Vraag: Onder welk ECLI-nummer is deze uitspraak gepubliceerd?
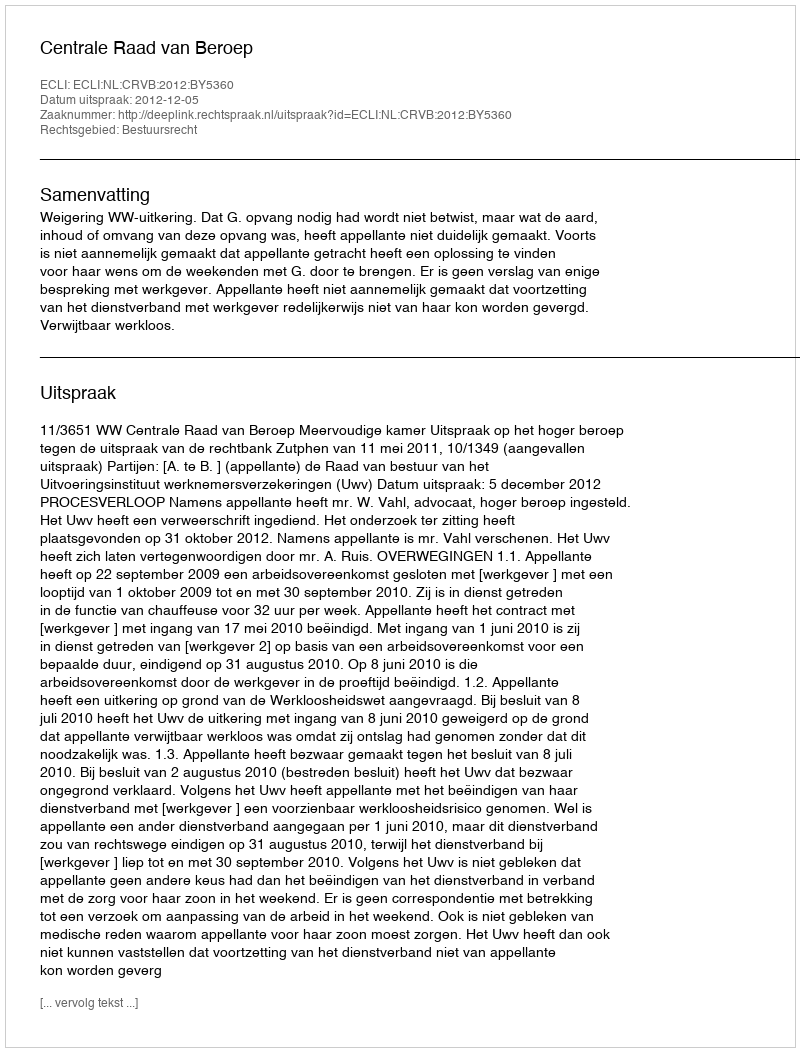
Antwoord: ECLI:NL:CRVB:2012:BY5360